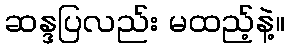
ဆန္ဒပြလည်း မထည့်နဲ့။